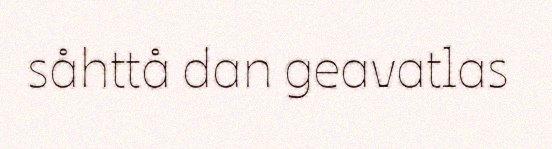
såhttå dan geavatlas